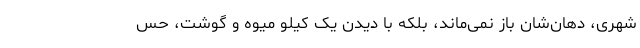
شهری، دهان‌شان باز نمی‌ماند، بلکه با دیدن یک کیلو میوه و گوشت، حس